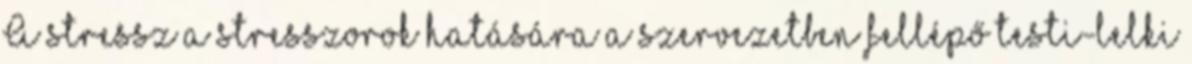
A stressz a stresszorok hatására a szervezetben fellépő testi-lelki